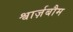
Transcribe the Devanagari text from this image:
श्वार्ज़बौम